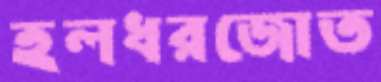
হলধরজোত